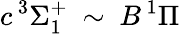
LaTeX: c\, ^{3}\Sigma_{1}^{+}\ \sim\ B\, ^{1}\Pi